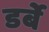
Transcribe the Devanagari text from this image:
डर्बे